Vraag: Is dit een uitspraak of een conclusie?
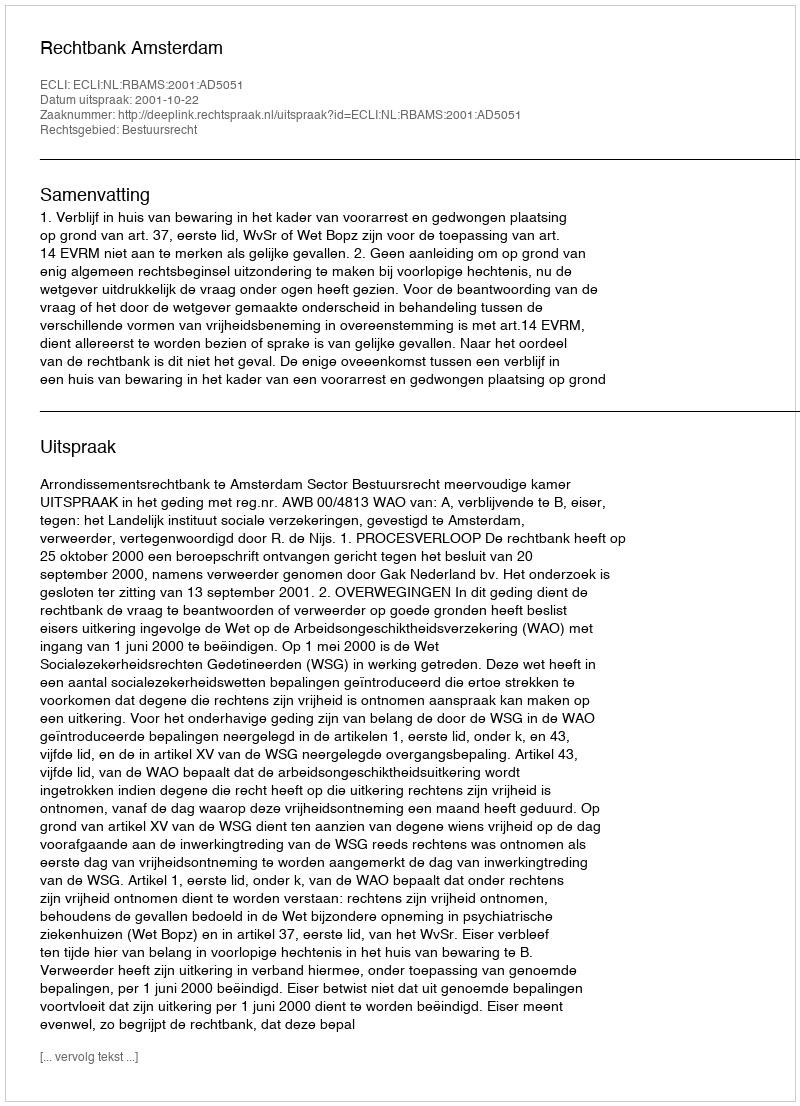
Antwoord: Uitspraak